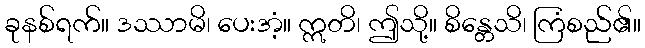
ခုနစ်ရက်။ ဒဿာမိ၊ ပေးအံ့။ ဣတိ၊ ဤသို့။ စိန္တေသိ၊ ကြံစည်၏။